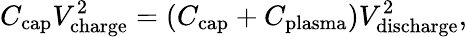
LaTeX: C_{\mathrm{cap}}V_{\mathrm{charge}}^{2}=(C_{\mathrm{cap}}+C_{\mathrm{plasma}})V_{\mathrm{discharge}}^{2},